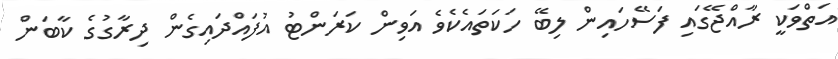
އަތްވަކީ ރާއްޖޭގައި ފަސޭހައިން ލިބޭ ހަކަތައެކެވެ އަވިން ކަރަންޓު އުފައްދައިގެން ދިރާގުގެ ކާބަން